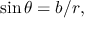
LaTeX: \sin \theta = b / r ,